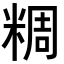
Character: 𥺝